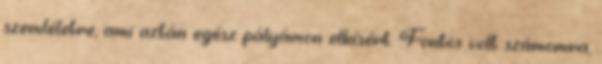
szemléletre, ami aztán egész pályámon elkísért. Fontos volt számomra,